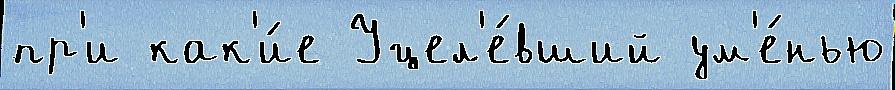
пр'и как'и́е Уцел'е́вший ум'е́нью